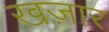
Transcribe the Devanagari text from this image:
खज़ार